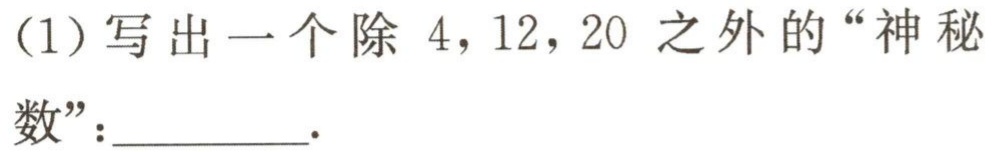
(1)写出一个除 \(4，12，20\) 之外的“神秘数”：________.